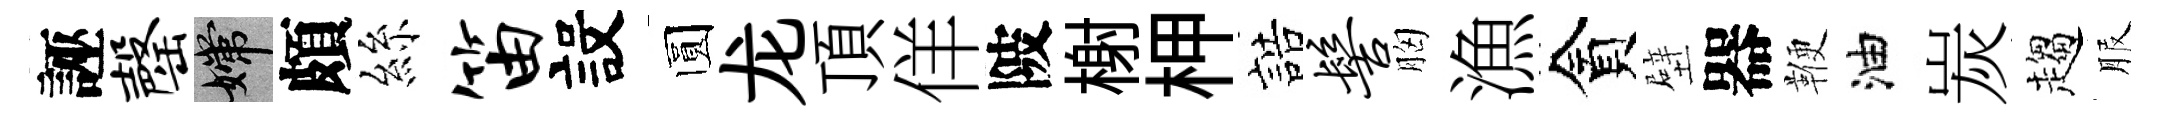
誣罄嫦頗絲笛設圆龙頂佯陂榭柙誥髻胸漁貪壁器鞭油炭趨服